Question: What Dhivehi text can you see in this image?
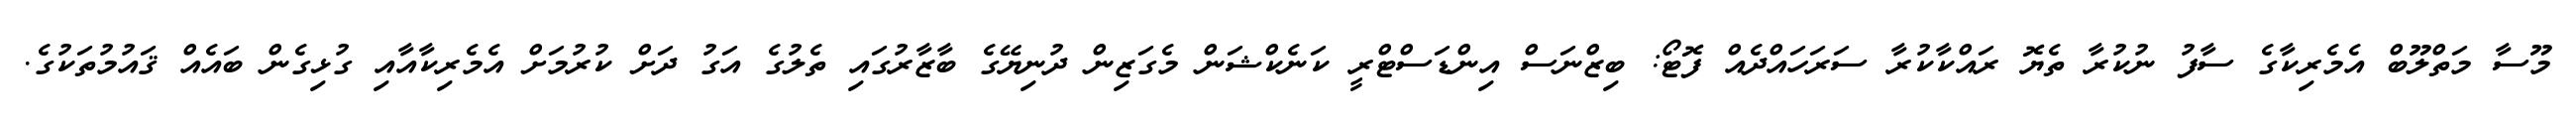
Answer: މޫސާ މަތްލޫބް އެމެރިކާގެ ސާފު ނުކުރާ ތެޔޮ ރައްކާކުރާ ސަރަހައްދެއް ފޮޓޯ: ބިޒްނަސް އިންޑަސްޓްރީ ކަނެކްޝަން މެގަޒިން ދުނިޔޭގެ ބާޒާރުގައި ތެލުގެ އަގު ދަށް ކުރުމަށް އެމެރިކާއާއި ގުޅިގެން ބައެއް ޤައުމުތަކުގެ.